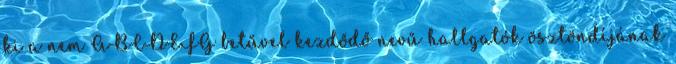
ki a nem ABCDEFG betűvel kezdődő nevű hallgatók ösztöndíjának